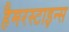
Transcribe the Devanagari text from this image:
हैमरस्टाइन्स